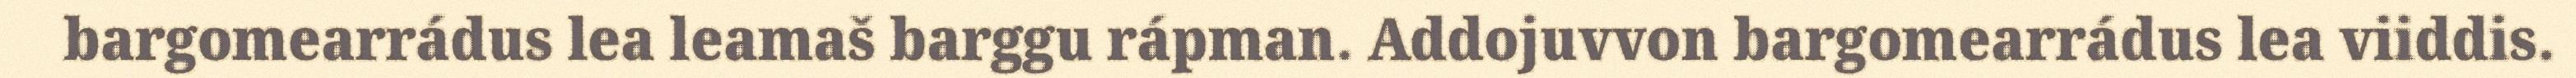
bargomearrádus lea leamaš barggu rápman. Addojuvvon bargomearrádus lea viiddis.